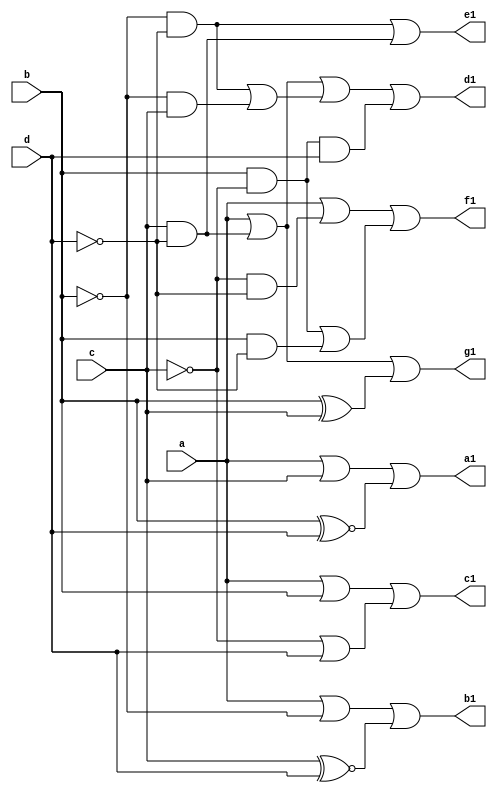
module bcdtoseven (
input a,b,c,d,
output a1,b1,c1,d1,e1,f1,g1);

assign a1 = (a|c)|(b~^d);
assign b1 = (a|(~b))|(c~^d);
assign c1 = (a|b)|((~c)|d);
assign d1 = (a|(c&(~d)))|(((~b)&(~d))|((~b)&c))|(b&(~c)&d);
assign e1 = ((~b)&(~d))|(c&(~d));
assign f1 = (a|((~c)&(~d)))|((b&(~c))|(b&(~d)));
assign g1 = (a|(c&(~d)))|(b^c);

endmodule